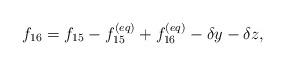
LaTeX: \begin{align*}{f_{16}} = {f_{15}} - f_{15}^{\left( {eq} \right)} + f_{16}^{\left( {eq} \right)} - \delta y - \delta z,\end{align*}